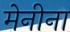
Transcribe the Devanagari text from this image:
मेनीना